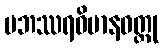
ပဘဿရဝိမာနဝတ္ထု